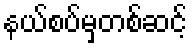
နယ်စပ်မှတစ်ဆင့်